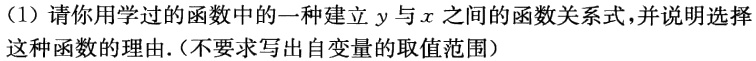
(1) 请你用学过的函数中的一种建立\(y\)与\(x\)之间的函数关系式，并说明选择这种函数的理由.（不要求写出自变量的取值范围）